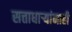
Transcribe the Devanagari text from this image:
सत्ताधाऱ्यांनाही